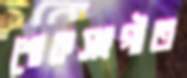
শোকসংগীত